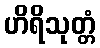
ဟိရိသုတ္တံ